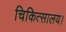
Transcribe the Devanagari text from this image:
चिकित्सालय।